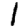
Digit: 1